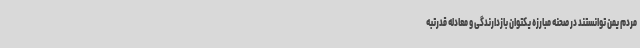
مردم یمن توانستند در صحنه مبارزه یکتوان بازدارندگی و معادله قدرتبه